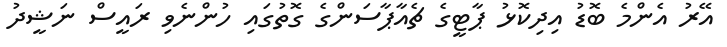
އޭރު އެންމެ ބޮޑު އިދިކޮޅު ޕާޓީގެ ޗެއާޕާސަންގެ ގޮތުގައި ހުންނެވި ރައީސް ނަޝީދު